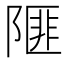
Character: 𨻃